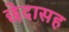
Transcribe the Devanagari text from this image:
छेदासह